Proceedings of the meeting of veterinary officers in India
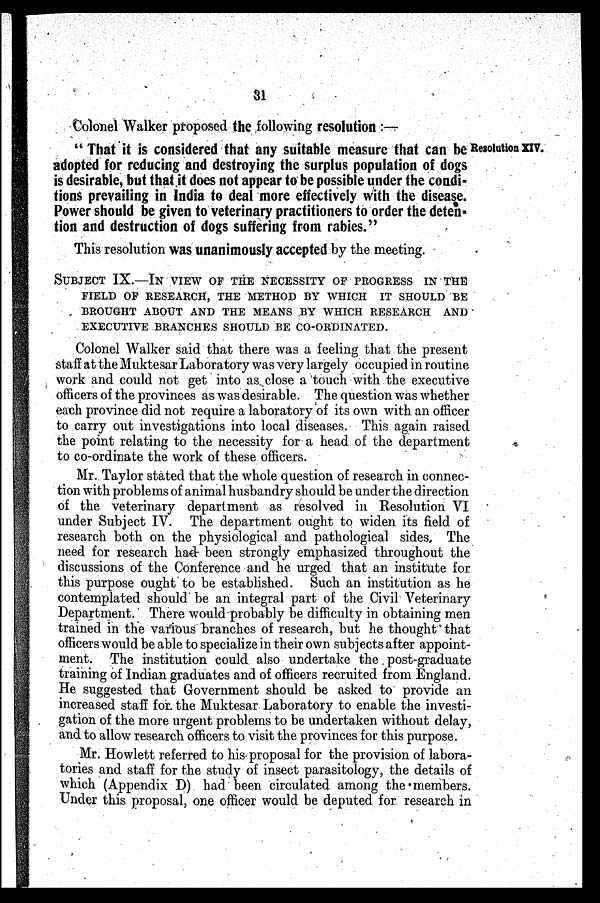
31
Colonel Walker proposed the following resolution:—
Resolution XIV.
"That it is considered that any suitable measure that can be
adopted for reducing and destroying the surplus population of dogs
is desirable, but that it does not appear to be possible under the condi-
tions prevailing in India to deal more effectively with the disease.
Power should be given to veterinary practitioners to order the deten-
tion and destruction of dogs suffering from rabies."
This resolution was unanimously accepted by the meeting.
SUBJECT IX.—IN VIEW OF THE NECESSITY OF PROGRESS IN THE
FIELD OF RESEARCH, THE METHOD BY WHICH IT SHOULD BE
BROUGHT ABOUT AND THE MEANS BY WHICH RESEARCH AND
EXECUTIVE BRANCHES SHOULD BE CO-ORDINATED.
Colonel Walker said that there was a feeling that the present
staff at the Muktesar Laboratory was very largely occupied in routine
work and could not get into as close a touch with the executive
officers of the provinces as was desirable. The question was whether
each province did not require a laboratory of its own with an officer
to carry out investigations into local diseases. This again raised
the point relating to the necessity for a head of the department
to co-ordinate the work of these officers.
Mr. Taylor stated that the whole question of research in connec-
tion with problems of animal husbandry should be under the direction
of the veterinary department as resolved in Resolution VI
under Subject IV. The department ought to widen its field of
research both on the physiological and pathological sides, The
need for research had been strongly emphasized throughout the
discussions of the Conference and he urged that an institute for
this purpose ought to be established. Such an institution as he
contemplated should be an integral part of the Civil Veterinary
Department. There would probably be difficulty in obtaining men
trained in the various branches of research, but he thought that
officers would be able to specialize in their own subjects after appoint-
ment. The institution could also undertake the post-graduate
training of Indian graduates and of officers recruited from England.
He suggested that Government should be asked to provide an
increased staff for. the Muktesar Laboratory to enable the investi-
gation of the more urgent problems to be undertaken without delay,
and to allow research officers to visit the provinces for this purpose.
Mr. Howlett referred to his proposal for the provision of labora-
tories and staff for the study of insect parasitology, the details of
which (Appendix D) had been circulated among the members.
Under this proposal, one officer would be deputed for research in